Vital statistics of India. Vol. V, Reports of 1876 on armies & jails and on epidemic cholera
Year: 1876
Disease focus: Cholera
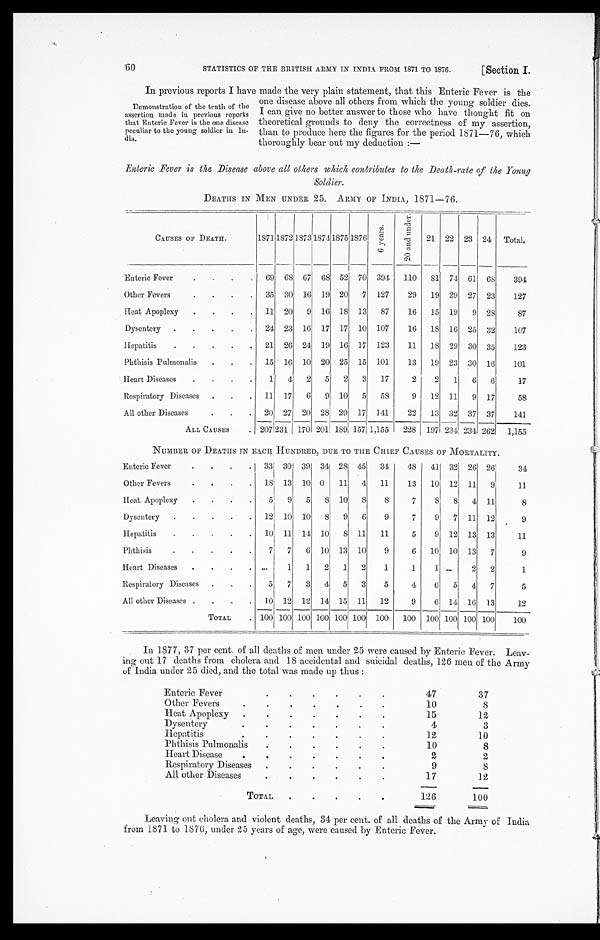
STATISTICS OF THE BRITISH ARMY IN INDIA FROM 1871 TO 1876.
[Section I.
60
In previous reports I have made the very plain statement, that this Enteric Fever is the
one disease above all others from which the young soldier dies.
I can give no better answer to those who have thought fit on
theoretical grounds to deny the correctness of my assertion,
than to produce here the figures for the period 1871-76, which
thoroughly bear out my deduction :—
Enteric Fever 'is the Disease above all others which contributes to the Death-rate of the Young
Soldier.
DEATHS IN MEN UNDER 25. ARMY OF INDIA, 1871-76.
CAUSES OF DEATH.
1871 1872 1873 1874 1875 1876
6 Y e a r s . 2 0 a n d u n d e r . 21 22 23 24 Total.
Enteric Fever
69
_ _
68 67 68 52 70 394 110 81 74 61 68 394
Other Fevers
35 30 16 19 20 7 127 29 19 29 27 23 127
Heat Apoplexy
11 20 9 16 18 13 87 16 15 19 9 28 87
Dysentery
24 23 16 17 17 10 107 16 18 16 25 32 107
Hepatitis
21 26 24 19 16 17 123 11 18 29 30 35 123
Phthisis Pulmonalis. 15 16 10 20 25 15 101 13 19 23 30 16 101
Heart Diseases
1 4 2 5 2 3 17 2 2 1 6 6 17
Respiratory Diseases
11 17 6 9 10 5 58 9 12 11 9 17 5 8
All other Diseases
20 27 20 28 29 17 141 22 13 32 37 37 141
ALL CAUSES
207 231 170 201 189 157 1,155 228 197 234 234 262 1,155
NUMBER OF DEATHS IN EACH HUNDRED, DUE TO THE CHIEF CAUSES OF MORTALITY,
Enteric Fever
331 30' 39 34 28 45 34 48 41 32 26 26 34
Other Fevers
18 13 10 0 11 4 11 13 10 12 11 9 11
Heat Apoplexy
5 9 5 8 10 8 8 7 8 8 4 11
8
Dysentery
12 10 10 8 9 6 9 7 9 7 11 12 9
Hepatitis
10 11 14 10 8 11 11 5 9 121 13 13 11
Phthisis
7 7 6 10 13 10 9 6 10 10 13 7
9
Heart Diseases
1 1 2 1 2 1 1 1
2 2
1
Respiratory Diseases
5 7 3 4 5 3 5 4 6 5 4 7
5
All other Diseases
10 12 12 14 15 11 12 9 6 14 16 13 1 2
TOTAL
100 100 100 100 100 100 100 100 100 100 100 100 100
In 1877, 37 per cent. of all deaths of men under 25 were caused by Enteric Fever. Leav--
i n g o u t 1 7 d e a t h s f r o m c h o l e r a a n d 1 8 a c c i d e n t a l a n d s u i c i d a l d e a t h s , 1 2 6 m e n o f t h e A r m y
of India under 25 died, and the total was made up thus :
Enteric Feve
r
. .
4 7 37
Other Fevers
8
Heat Apoplexy
12
Dysentery
3
Hepatitis
12
10
Phthisis Pulmonali
10
8
Heart Disease
2
2
Respiratory Disease
9
8
All other Disease
17
12
TOTAL
126
100
Leaving out cholera and violent deaths, 34 per cent. of all deaths of the Army of India
from 1871 to 1876, under 25 years of age, were caused by Enteric Fever.
Demonstration of the truth of the
as s er t i on made i n pr evi ous r epor t s
that Enteric Fever is the one disease
peculiar to the young soldier in
dia.